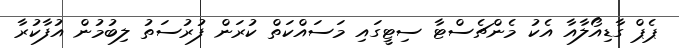
ޕެޕް ގާޑިއޯލާއާ އެކު މެންޗެސްޓާ ސިޓީގައި މަސައްކަތް ކުރަން ފުރުސަތު ލިބުމުން އުފާކުރާ